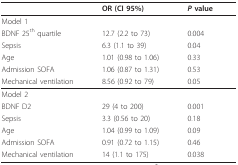
|  | OR (CI 95%) | P value |
 | --- | --- | --- |
 | Model 1 |  |  |
 | BDNF 25th quartile | 12.7 (2.2 to 73) | 0.004 |
 | Sepsis | 6.3 (1.1 to 39) | 0.04 |
 | Age | 1.01 (0.98 to 1.06) | 0.33 |
 | Admission SOFA | 1.06 (0.87 to 1.31) | 0.53 |
 | Mechanical ventilation | 8.56 (0.92 to 79) | 0.05 |
 | Model 2 |  |  |
 | BDNF D2 | 29 (4 to 200) | 0.001 |
 | Sepsis | 3.3 (0.56 to 20) | 0.18 |
 | Age | 1.04 (0.99 to 1.09) | 0.09 |
 | Admission SOFA | 0.91 (0.72 to 1.15) | 0.46 |
 | Mechanical ventilation | 14 (1.1 to 175) | 0.038 |